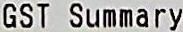
GST SUMMARY